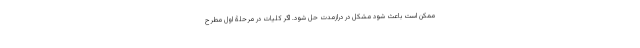
ممکن است باعث شود مشکل در درازمدت حل شود. اگر کلیات در مرحلۀ اول مطرح